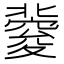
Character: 𥨏